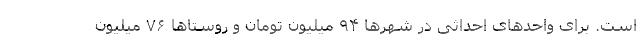
است. برای واحدهای احداثی در شهرها ۹۴ میلیون تومان و روستاها ۷۶ میلیون